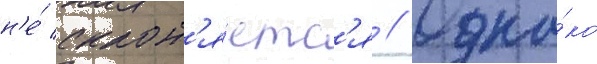
н'е́ склон'я́етс'я // Одна́ко